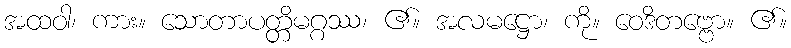
အထဝါ၊ ကား။ သောတာပတ္တိမဂ္ဂဿ၊ ၏။ အလမဋ္ဌော၊ ကို။ ဝေဒိတဗ္ဗော။ ၏။